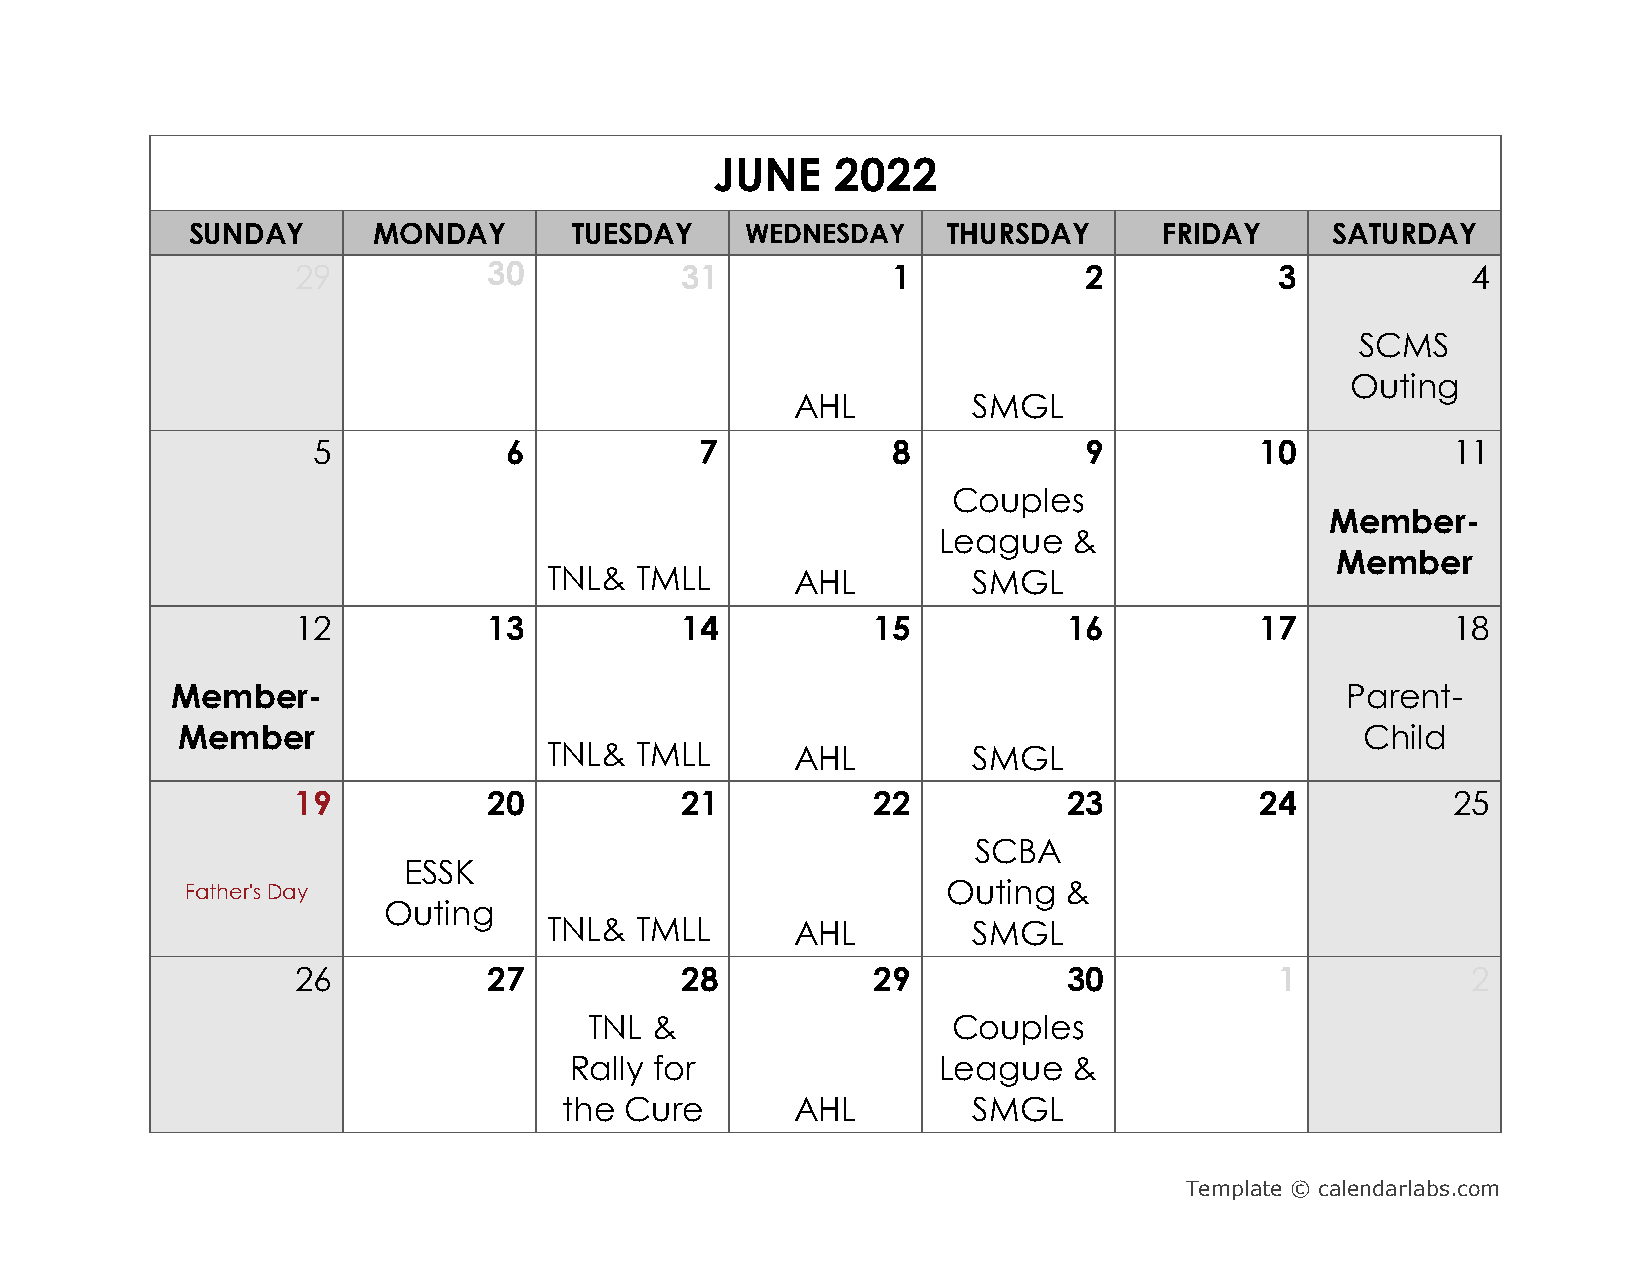
JUNE    2022
 SUNDAY       MONDAY       TUESDAY    WEDNESDAY     THURSDAY      FRIDAY     SATURDAY
 29          30           31            1            2            3           4
 SCMS
 Outing
 AHL        SMGL
 5           6            7            8            9          10           11
 Couples
 Member-
 League   &
 Member
 TNL&  TMLL       AHL        SMGL
 12          13           14           15           16          17           18
 Member-                                                                       Parent-
 Member                                                                        Child
 TNL&  TMLL       AHL        SMGL
 19           20           21           22           23          24           25
 SCBA
 ESSK
 Father's Day                                       Outing &
 Outing
 TNL&  TMLL       AHL        SMGL
 26          27           28           29           30            1           2
 TNL &                   Couples
 Rally for               League   &
 the Cure        AHL        SMGL
 Template © calendarlabs.com